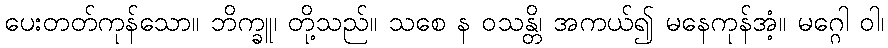
ပေးတတ်ကုန်သော။ ဘိက္ခူ၊ တို့သည်။ သစေ န ဝသန္တိ၊ အကယ်၍ မနေကုန်အံ့။ မဂ္ဂေါ ဝါ၊